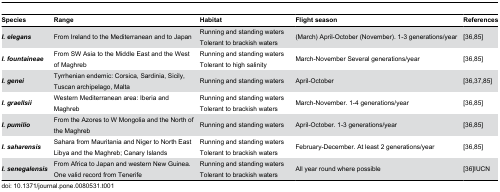
<table><thead><tr><td><b>Species</b></td><td><b>Range</b></td><td><b>Habitat</b></td><td colspan="3"><b>Flight season</b></td><td colspan="2"><b>References</b></td></tr></thead><tbody><tr><td><b><i>I. elegans</i></b></td><td>From Ireland to the Mediterranean and to Japan</td><td>Running and standing waters Tolerant to brackish waters</td><td colspan="3">(March) April-October (November). 1-3 generations/year</td><td colspan="2">[36,85]</td></tr><tr><td><b><i>I. fountaineae</i></b></td><td>From SW Asia to the Middle East and the West of Maghreb</td><td>Running and standing waters Tolerant to high salinity</td><td colspan="3">March-November Several generations/year</td><td colspan="2">[36,85]</td></tr><tr><td><b><i>I. genei</i></b></td><td>Tyrrhenian endemic: Corsica, Sardinia, Sicily, Tuscan archipelago, Malta</td><td>Running and standing waters</td><td colspan="3">April-October</td><td colspan="2">[36,37,85]</td></tr><tr><td><b><i>I. graellsii</i></b></td><td>Western Mediterranean area: Iberia and Maghreb</td><td>Running and standing waters Tolerant to brackish waters</td><td colspan="3">March-November. 1-4 generations/year</td><td colspan="2">[36,85]</td></tr><tr><td><b><i>I. pumilio</i></b></td><td>From the Azores to W Mongolia and the North of the Maghreb</td><td>Running and standing waters</td><td colspan="3">April-October. 1-3 generations/year</td><td colspan="2">[36,85]</td></tr><tr><td><b><i>I. saharensis</i></b></td><td>Sahara from Mauritania and Niger to North East Libya and the Maghreb; Canary Islands</td><td>Running and standing waters Tolerant to brackish waters</td><td colspan="3">February-December. At least 2 generations/year</td><td colspan="2">[36,85]</td></tr><tr><td><b><i>I. senegalensis</i></b></td><td>From Africa to Japan and western New Guinea. One valid record from Tenerife</td><td>Running and standing waters Tolerant to brackish waters</td><td colspan="3">All year round where possible</td><td colspan="2">[36]IUCN</td></tr></tbody></table>